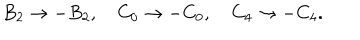
B _ { 2 } \rightarrow - B _ { 2 } , \quad C _ { 0 } \rightarrow - C _ { 0 } , \quad C _ { 4 } \rightarrow - C _ { 4 } .